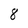
Character: 8